Vaccination in Bombay 1902-1912 - 1902-1912
Year: 1902
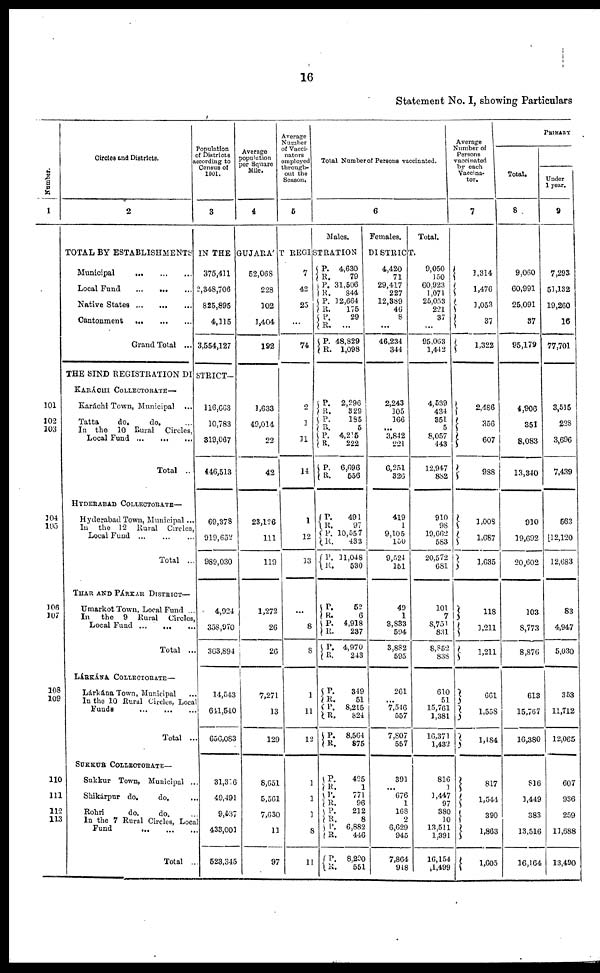
16
Statement No. I, showing Particulars
Number.
1
101
102
103
104
105
106
107
108
110
111
112
113
Circles and Districts.
2
Population
of Districts
according to
Census of
1901.
3
Average
population
per Square
Mile.
4
Average
Number
of Vacci-
nators
employed
through-
out the
Season.
5
Total Number of Persons vaccinated.
6
Males.
Females.
Total.
TOTAL BY ESTABLISHMENTS IN THE GUJARÁT REGISTRATION
DISTRICT.
Municipal
...
...
...
Local Fund
...
...
...
Native States
...
...
...
Cantonment
...
...
...
Grand Total ...
375,411
2,348,706
825,895
4,115
3,554,127
THE BIND REGISTRATION DISTRICT—
KARÁCHI COLLECTORATE—
Karáchi Town, Municipal
...
Tatta
do.
do.
...
In the 10 Rural Circles
Local Fund ... ... ...
Total ..
HYDERABAD COLLECTORATE—
Hyderabad Town, Municipal ...
Local Fund
...
...
Total ...
THAR AND PÁRKAR DISTRICT—
Umarkot Town, Local Fund ..
In the 9 Rural Circles,
Local Fund ... ... ...
Total ...
LÁRKÁNA COLLECTORATE—
Lárkána Town, Municipal ...
In the 10 Rural Circles, Local
Funds ... ... ...
Total ...
SUKKUR COLLEOTORATE—
Sukkur Town, Municipal ...
Shikárpur do.
do.
...
Rohri
do.
do. ...
In the 7 Rural Circles, Local
Fund ... ... ...
Total ...
116,663
10,783
319,067
446,513
69,378
919,652
989,030
4,924
358,970
363,894
14,543
641,540
656,083
31,316
49,491
9,537
433,001
523,345
52,068
228
102
1,404
192
1,633
49,014
22
42
23,126
111
119
1,272
26
26
7,271
13
129
8,651
5,561
7,630
11
97
7
42
25
...
74
2
1
11
14
1
12
13
...
8
8
1
11
12
1
1
1
8
11
P.
R. P.
R.
P.
R.
P.
R.
P.
R.
P.
R.
P.
R.
P. R.
P.
R.
P. R.
P. R.
P.
R.
P.
R.
P.
R.
P.
R.
P.
R.
P.
R.
P.
R.
P.
R.
P.
R.
P.
R.
P.
R.
P.
R.
4,630
79
31,506
844
12,664
175
29
...
48,829
1,098
2,296
329
185
5
4,215
222
6,696
556
491
97
10,557
433
11,048
530
52
6
4,918
237
4,970
243
349
51
8,215
824
8,564
875
425
1
771
96
212
8
6,882
446
8,200
551
4,420
71
29,417
227
12,389
46
8
...
46,234
344
2,243
105
166
...
3,842
221
6,251
326
419
1
9,105
150
9,524
151
49
1
3,833
594
3,882
595
261
...
7,546
557
7,807
557
391
...
676
1
168
2
6,629
945
7,864
948
9,050
150
60,923
1,071
25,053
221
37
...
95,063
1,442
4,539
434
351
5
8,057
443
12,947
882
910
98
19,662
583
20,572
681
101
7
8,751
831
8,852
838
610
51
15,761
1,381
16,371
1,432
816
1
3,447
97
380
10
13,511
1,391
16,154
1,499
Average
Number of
Persons
vaccinated
by each
Vaccina-
tor.
7
1,314
1,476
1,053
37
1,322
2,486
356
607
988
1,008
1,687
1,635
118
1,211
1,211
661
1,558
1,484
817
1,544
390
1,863
1,605
PRIMARY
Total.
8
9,060
60,991
25,091
37
95,179
4,906
351
8,083
13,340
910
19,692
20,602
103
8,773
8,876
613
15,767
16,380
816
1,449
383
13,516
16,164
Under
1 year.
9
7,293
51,132
19,260
16
77,701
3,515
228
3,696
7,439
563
12,120
12,683
83
4,947
5,030
353
11,712
12,065
607
936
259
11,688
13,490